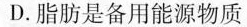
D.脂肪是备用能源物质